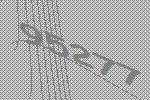
95277